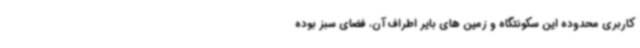
کاربری محدوده این سکونتگاه و زمین های بایر اطراف آن، فضای سبز بوده